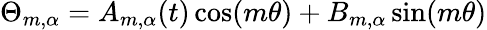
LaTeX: \Theta_{m,\alpha}=A_{m,\alpha}(t)\cos(m\theta)+B_{m,\alpha}\sin(m\theta)